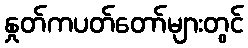
နှုတ်ကပတ်တော်များတွင်